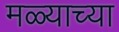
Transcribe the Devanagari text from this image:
मळ्याच्या